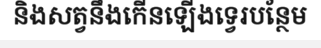
និងសត្វនឹងកើនឡើងទ្វេរបន្ថែម